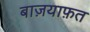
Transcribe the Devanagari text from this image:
बाज़याफ़त